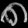
Digit: ၈